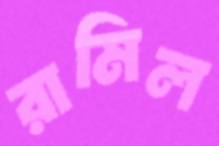
রামিল